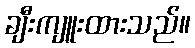
ချီးကျူးထားသည်။